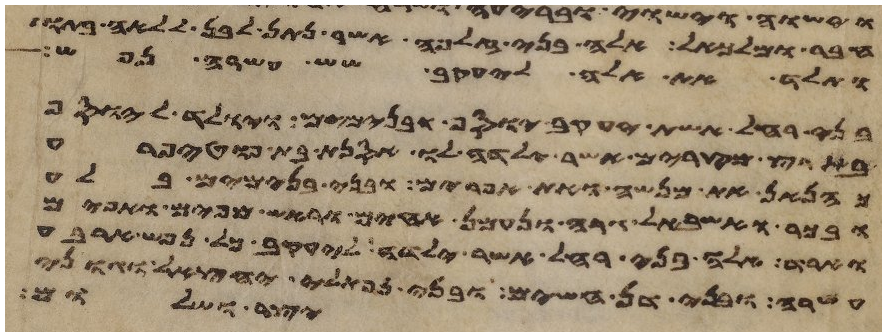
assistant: חבר ומלכיאל אלה בני זלפה אשר נתן לבן ללאה בתו
ותלד את אלה ליעקב שש עשרה נפש
בני רחל אשת יעקב יוסף ובנימים ויולד ליוסף
בארץ מצרים אשר ילדה לו אסנת בת פוטיפרע
כהנאן את מנשה ואת אפרים ובני בנימים בלע
ובכר ואשבאל גרה ונעמן אחים וראש מאפים ואפים
וארד אלה בני רחל אשר ילדה ליעקב כל נפש ארבע
עשרה ובני דן חשים ובני נפתלי יחצאל וגוני
יצר ושלום